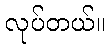
လုပ်တယ်။